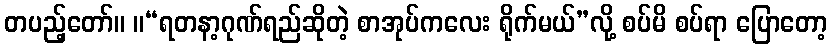
တပည့်တော်။ ။“ရတနာ့ဂုဏ်ရည်ဆိုတဲ့ စာအုပ်ကလေး ရိုက်မယ်”လို့ စပ်မိ စပ်ရာ ပြောတော့